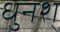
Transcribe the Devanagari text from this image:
धुनश्